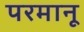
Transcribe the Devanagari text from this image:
परमानू